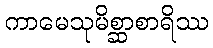
ကာမေသုမိစ္ဆာစာရိဿ